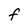
Character: F